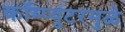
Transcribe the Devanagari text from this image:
कॉम्प्युटरमुळे